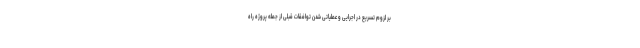
بر لزوم تسریع در اجرایی و عملیاتی شدن توافقات قبلی از جمله پروژه راه